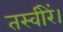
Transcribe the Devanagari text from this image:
तस्वीरें।